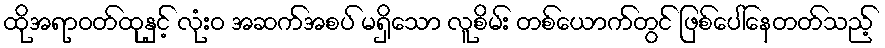
ထိုအရာဝတ်ထုနှင့် လုံးဝ အဆက်အစပ် မရှိသော လူစိမ်း တစ်ယောက်တွင် ဖြစ်ပေါ်နေတတ်သည့်